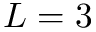
L = 3